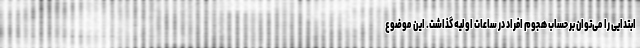
ابتدایی را می‌توان بر حساب هجوم افراد در ساعات اولیه گذاشت. این موضوع